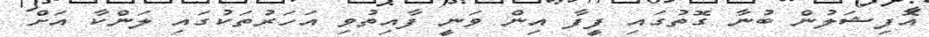
އޮފިޝަލުން ބުނާ ގޮތުގައި ފީފާ އިން ވަނީ ފާއިތުވި އަހަރުތަކުގައި ލަންކާ އަށް